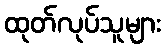
ထုတ်လုပ်သူများ